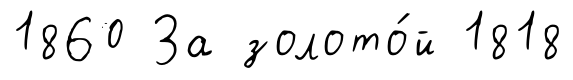
1860 За золото́й 1818